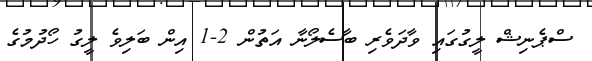
ސްޕެނިޝް ލީގުގައި ވާދަވެރި ބާސެލޯނާ އަތުން 2-1 އިން ބަލިވެ ލީގު ހޯދުމުގެ